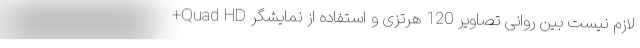
لازم نیست بین روانی تصاویر 120 هرتزی و استفاده از نمایشگر Quad HD+